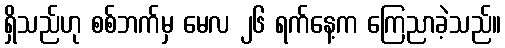
ရှိသည်ဟု စစ်ဘက်မှ မေလ ၂၆ ရက်နေ့က ကြေညာခဲ့သည်။